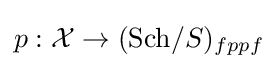
p:{\mathcal {X}}\to (\mathrm {Sch} /S)_{fppf}